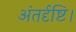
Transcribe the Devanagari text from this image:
अंतर्दृष्टि।